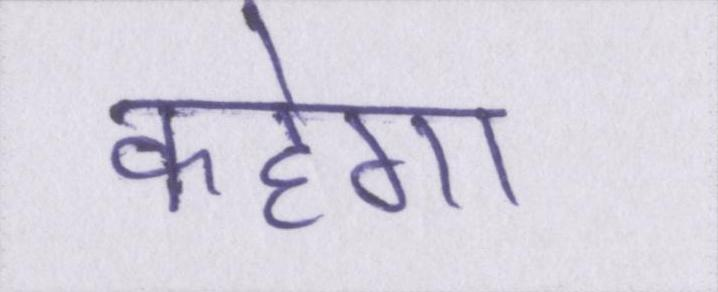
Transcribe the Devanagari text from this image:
कहेगा